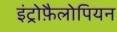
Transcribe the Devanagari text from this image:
इंट्रोफ़ैलोपियन